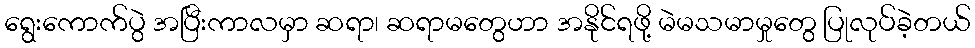
ရွေးကောက်ပွဲ အပြီးကာလမှာ ဆရာ၊ ဆရာမတွေဟာ အနိုင်ရဖို့ မဲမသမာမှုတွေ ပြုလုပ်ခဲ့တယ်